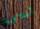
أخلاقية